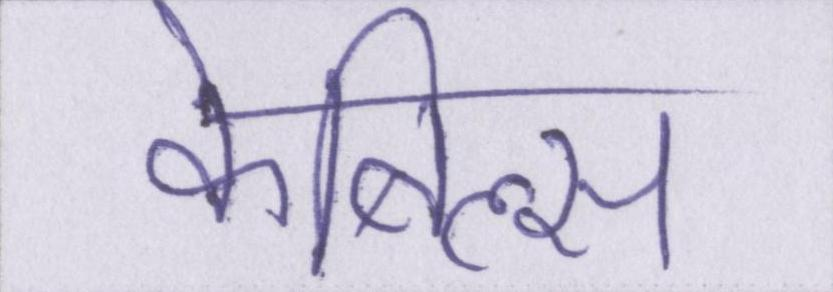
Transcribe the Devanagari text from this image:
केबिल्स